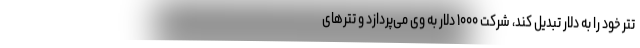
تتر خود را به دلار تبدیل کند، شرکت ۱۰۰۰ دلار به وی می‌پردازد و تتر‌های